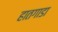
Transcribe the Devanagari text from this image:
हातगाडा